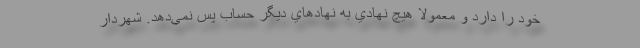
خود را دارد و معمولا هيچ نهادي به نهادهاي ديگر حساب پس نمي‌دهد. شهردار